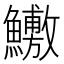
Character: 𬵶